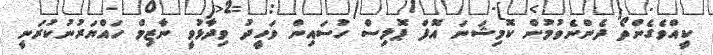
ކީއްވެގެންތޯ ދެންނެވުމުން ކޮމިޝަނަ އޮފް ޕޮލިސް ހުސައިން ވަހީދު ވިދާޅުވީ ނާޒިމް ހައްޔަރުނުކުރަނީ